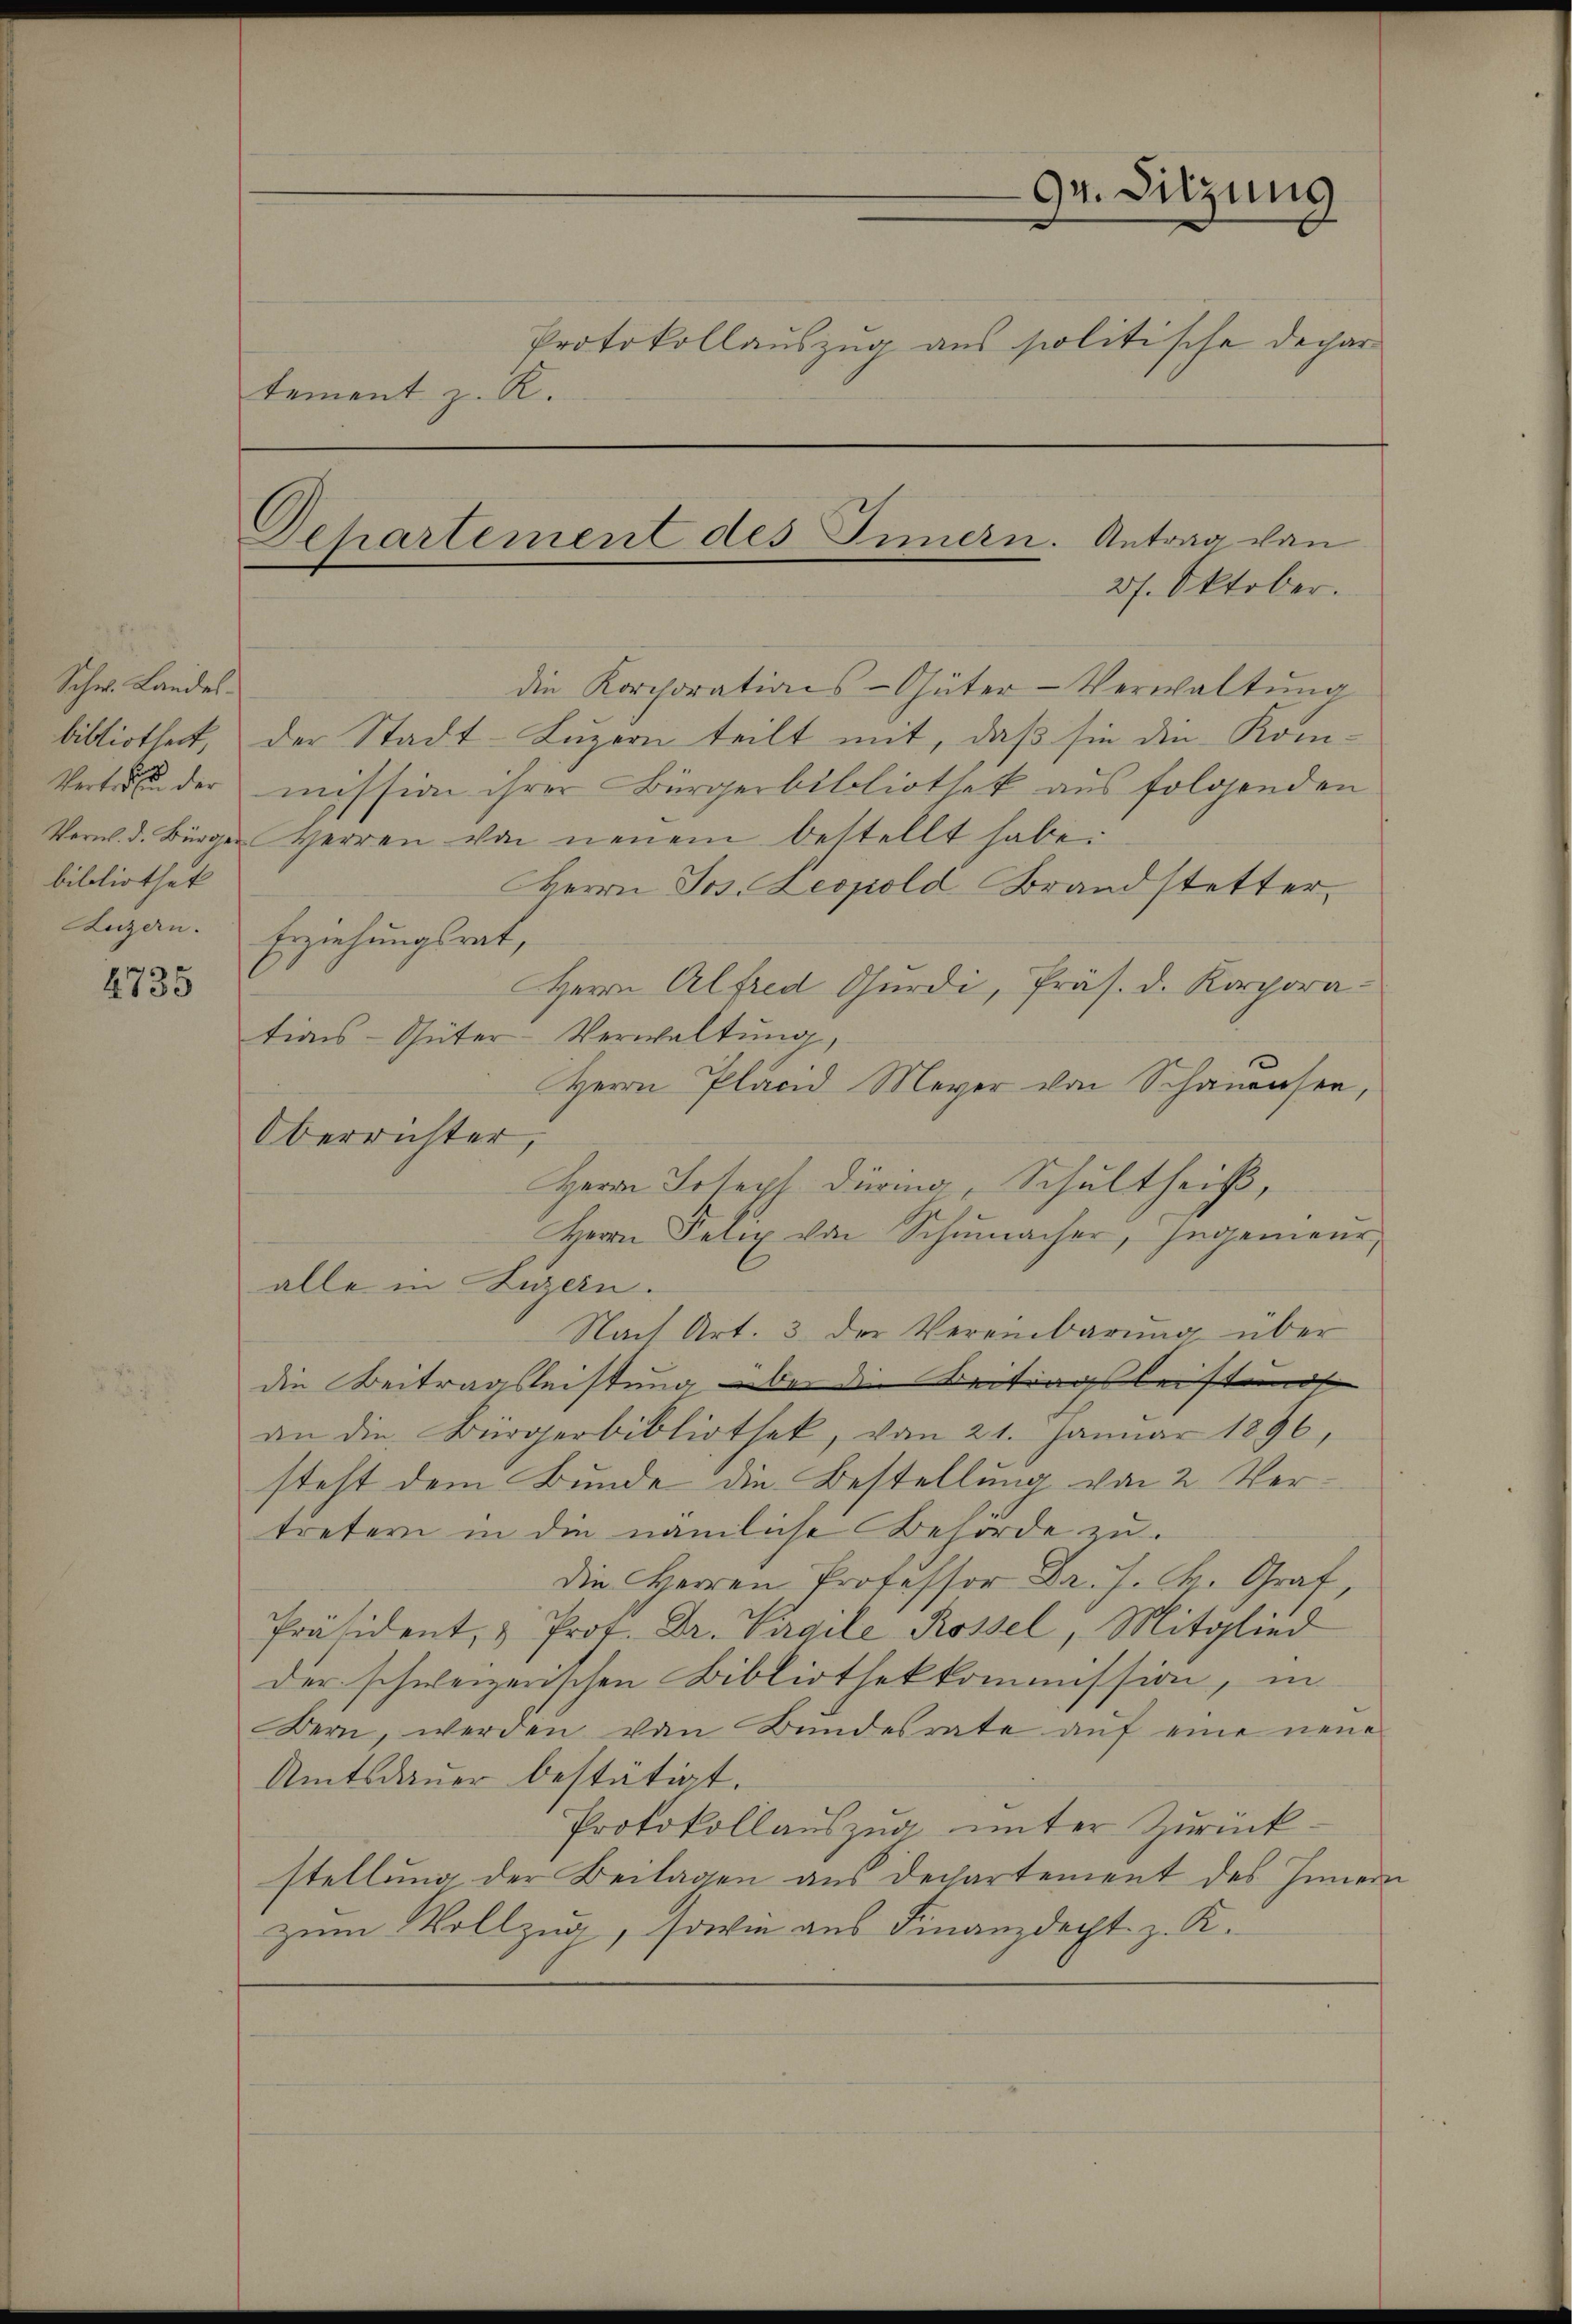
Schw. Landel
Vertreten der
bibliothek

4735

tement z. R.

94. Sitzung
Protokollauszug aus politische Depar

Departement des Innern. Antrag von
27. Oktober.

die Korchorations-Güter-Verwaltŭng
bibliothek, der Stadt-Luzern teilt mit, daß sie die Kom-
mission ihrer Bürgerbibliothek aus folgenden
Verw. d. Bürger Herren von neuem bestellt habe.
Herrn Jos. Leopold Brandstetter,
Ligan. Erziehungsrat,
Herrn Alfred Churdi, Präs. d. Korporations-Güter-Verwaltŭng
Herrn Pland Meyer von Schauser,
Oberrichter,
Herrn Joseph Düring, Schultheiß,
Herrn Felix von Schumacher, Ingenieur,
alle in Luzern.
Nach Art. 3 der Vereinbarung über
die Beitragsleistung über die Beitragsleistundt
an die Bürgerbibliothek, vom 21. Januar 1896,
steht dem Bunde die Bestellung von 2 Vertretern in die nämliche Behörde zu.
Die Herren Professor Dr. J. Fr. Graf,
Präsident, & Prot. Dr. Vigile Rossel, Mitglied
der schweizerischen Bibliothekkommission, in
Dern, werden von Bundesrate auf eine neue
Amtsdauer bestätigt.
Protokollaŭszŭg ŭnter Zŭrück-
stellung der Beilagen aus dechartement des Inner
zum Vollzug, sowie aus Finanzdacht z. K.

.